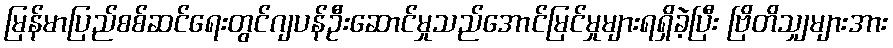
မြန်မာပြည်စစ်ဆင်ရေးတွင်ဂျပန်ဦးဆောင်မှုသည်အောင်မြင်မှုများရရှိခဲ့ပြီး ဗြိတိသျှများအား